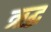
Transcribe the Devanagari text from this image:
ऋद्ध